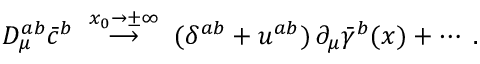
D _ { \mu } ^ { a b } \bar { c } ^ { b } \; \stackrel { x _ { 0 } \to \pm \infty } { \longrightarrow } \; ( \delta ^ { a b } + u ^ { a b } ) \, \partial _ { \mu } \bar { \gamma } ^ { b } ( x ) + \cdots \; .